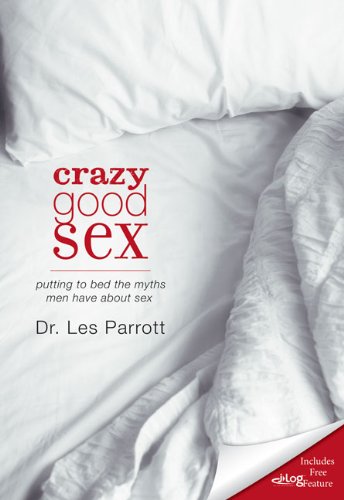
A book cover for Crazy Good Sex: Putting to Bed the Myths Men Have about Sex; Les Parrott; Religion & Spirituality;